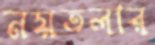
নয়তলার